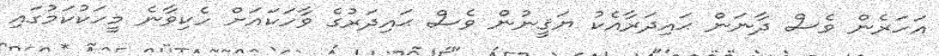
އަހަރެން ވެސް ދާނަން ޙައިދަރާއެކު ޔަޤީނުން ވެސް ޙައިދަރުގެ ވާހަކައަށް ހެކިވާނެ މީހަކުކަމުގައި